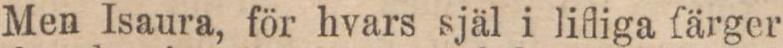
Men Isaura, för hvars själ i lifliga färger